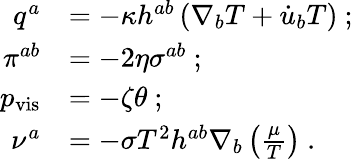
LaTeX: \begin{array}{rl}{q^{a}}&{=-\kappa h^{ab}\left(\nabla_{b}T+\dot{u}_{b}T\right)~;}\\ {\pi^{ab}}&{=-2\eta\sigma^{ab}~;}\\ {p_{\mathrm{vis}}}&{=-\zeta\theta~;}\\ {\nu^{a}}&{=-\sigma T^{2}h^{ab}\nabla_{b}\left(\frac{\mu}{T}\right)~.}\end{array}